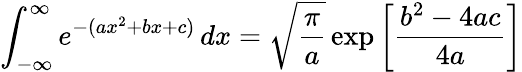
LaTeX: \int_{-\infty}^{\infty}e^{-(ax^{2}+bx+c)}\, dx={\sqrt{\frac{\pi}{a}}}\exp\left[{\frac{b^{2}-4ac}{4a}}\right]